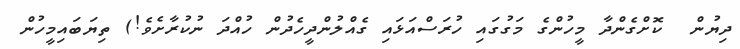
ދިޔުން  ކޮށްގެންދާ މީހުންގެ މަގުގައި ހުރަސްއަޅައި ގެއްލުންދީހެދުން ހުއްދަ ނުކުރާށެވެ!) ތިޔަބައިމީހުން